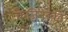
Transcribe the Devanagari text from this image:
केज़िनस्की